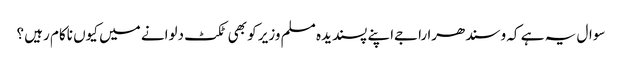
سوال یہ ہے کہ وسندھرا راجےاپنے پسندیدہ مسلم وزیر کو بھی ٹکٹ دلوانے میں کیوں ناکام رہیں ؟